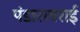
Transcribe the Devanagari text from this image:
पंडारावराई